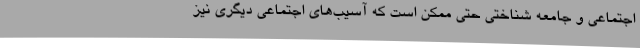
اجتماعی و جامعه شناختی حتی ممکن است که آسیب‌های اجتماعی دیگری نیز